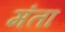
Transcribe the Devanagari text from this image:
मंता